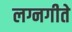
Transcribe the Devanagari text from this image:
लग्नगीते